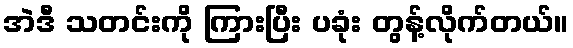
အဲဒီ သတင်းကို ကြားပြီး ပခုံး တွန့်လိုက်တယ်။